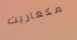
مكغاريت